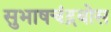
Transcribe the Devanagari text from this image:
सुभाषचंद्रबोस